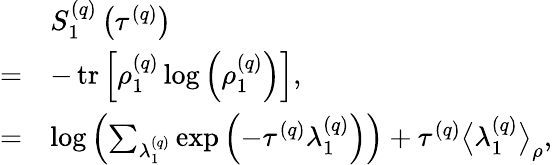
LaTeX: \begin{array}{rl}&{S_{1}^{\left(q\right)}\left(\tau^{\left(q\right)}\right)}\\ {=}&{-\operatorname{tr}\left[\rho_{1}^{\left(q\right)}\log\left(\rho_{1}^{\left(q\right)}\right)\right],}\\ {=}&{\log\left(\sum_{\lambda_{1}^{\left(q\right)}}\exp\left(-\tau^{\left(q\right)}\lambda_{1}^{\left(q\right)}\right)\right)+\tau^{\left(q\right)}\big\langle\lambda_{1}^{\left(q\right)}\big\rangle_{\rho},}\end{array}